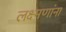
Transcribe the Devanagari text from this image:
लक्ष्मणांना